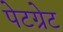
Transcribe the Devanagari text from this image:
पेटग्रेट